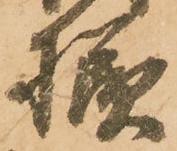
様